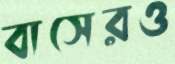
বাসেরও